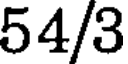
54/3